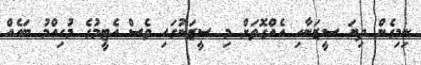
ނިމިގެން ދިޔަ ސީޒަނާއި އެއްގޮތަށް މި ސީޒަނުގައި ވެސް އެޓީމުގެ މުހިއްމު ބައެއް